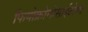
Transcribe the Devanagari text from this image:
फियोक्रोमोसाईटोमा